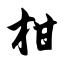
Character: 柑